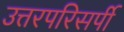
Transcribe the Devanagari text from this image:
उत्तरपरिसर्पी